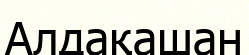
Алдақашан